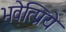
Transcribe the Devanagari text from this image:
भवेत्प्रिये